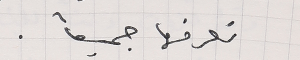
نعرفها جميعاً.